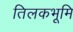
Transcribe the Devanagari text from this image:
तिलकभूमि